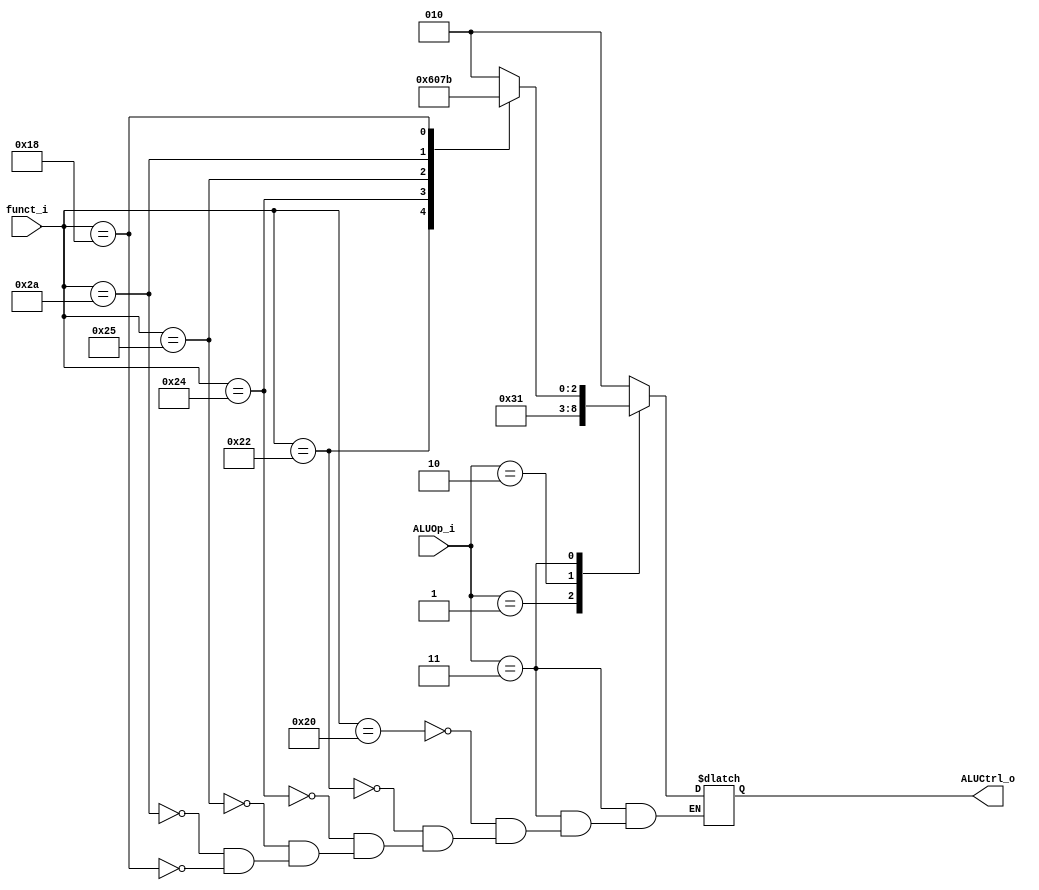
module ALU_Control(
    funct_i,
    ALUOp_i,
    ALUCtrl_o
);

input 	[5:0]	funct_i;
input	[1:0]	ALUOp_i;
output	[2:0]	ALUCtrl_o;

reg	[2:0]	ALUCtrl_o;

`define r_type		2'b11
`define op_or		2'b10
`define op_add		2'b00
`define	op_subs		2'b01

always@(funct_i or ALUOp_i) begin
	case(ALUOp_i)
		`op_add:	begin
			ALUCtrl_o = 3'b010;
		end
		`op_subs:	begin
			ALUCtrl_o = 3'b110;
		end
		`op_or:		begin
			ALUCtrl_o = 3'b001;
		end
		`r_type:	begin
			case(funct_i)
				6'b100000:	ALUCtrl_o = 3'b010;
				6'b100010:	ALUCtrl_o = 3'b110;
				6'b100100:	ALUCtrl_o = 3'b000;
				6'b100101:	ALUCtrl_o = 3'b001;
				6'b101010:	ALUCtrl_o = 3'b111;
				6'b011000:	ALUCtrl_o = 3'b011;
			endcase
		end
	endcase
end

endmodule